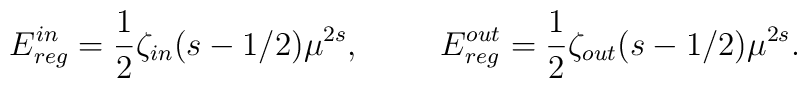
E_{reg}^{in}=\frac{1}{2}\zeta_{in}(s-1/2)\mu^{2s},\hspace{1cm}E_{reg}^{out}=\frac{1}{2}\zeta_{out}(s-1/2)\mu^{2s}.